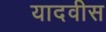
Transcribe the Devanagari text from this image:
यादवीस